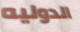
الدوليه